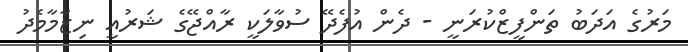
މަރުގެ އަދަބު ތަންފީޒްކުރަނީ - ދެން އުފެދޭ ސުވާލަކީ ރާއްޖޭގެ ޝަރުއީ ނިޒާމާމެދު